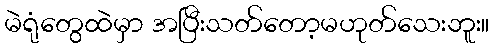
မဲရုံတွေထဲမှာ အပြီးသတ်တော့မဟုတ်သေးဘူး။